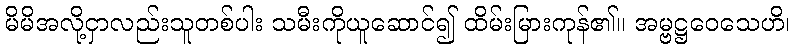
မိမိအလို့ငှာလည်းသူတစ်ပါး သမီးကိုယူဆောင်၍ ထိမ်းမြားကုန်၏။ အမ္ဗဋ္ဌဝေသေဟိ၊